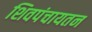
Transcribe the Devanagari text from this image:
शिवपंचायतन